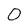
Character: O